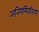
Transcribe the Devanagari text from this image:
अनियमितरित्या